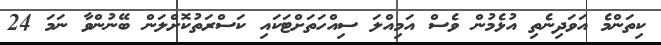
ކިތަންމެ އަވަދިނެތި އުޅެމުން ވެސް އަމިއްލަ ސިއްހަތަށްޓަކައި ކަސްރަތުކޮށްލަން ބޭނުންވާ ނަމަ 24